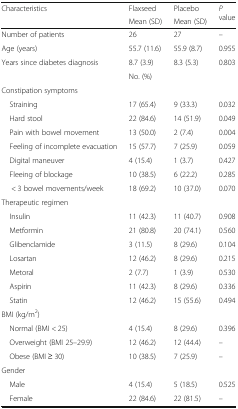
<table><thead><tr><td rowspan="2"><b>Characteristics</b></td><td><b>Flaxseed</b></td><td><b>Placebo</b></td><td rowspan="2"><b><i>P</i> value</b></td></tr><tr><td><b>Mean (SD)</b></td><td><b>Mean (SD)</b></td></tr></thead><tbody><tr><td>Number of patients</td><td>26</td><td>27</td><td>–</td></tr><tr><td>Age (years)</td><td>55.7 (11.6)</td><td>55.9 (8.7)</td><td>0.955</td></tr><tr><td>Years since diabetes diagnosis</td><td>8.7 (3.9)</td><td>8.3 (5.3)</td><td>0.803</td></tr><tr><td></td><td colspan="2">No. (%)</td><td></td></tr><tr><td colspan="4">Constipation symptoms</td></tr><tr><td> Straining</td><td>17 (65.4)</td><td>9 (33.3)</td><td>0.032</td></tr><tr><td> Hard stool</td><td>22 (84.6)</td><td>14 (51.9)</td><td>0.049</td></tr><tr><td> Pain with bowel movement</td><td>13 (50.0)</td><td>2 (7.4)</td><td>0.004</td></tr><tr><td> Feeling of incomplete evacuation</td><td>15 (57.7)</td><td>7 (25.9)</td><td>0.059</td></tr><tr><td> Digital maneuver</td><td>4 (15.4)</td><td>1 (3.7)</td><td>0.427</td></tr><tr><td> Fleeing of blockage</td><td>10 (38.5)</td><td>6 (22.2)</td><td>0.285</td></tr><tr><td>&lt; 3 bowel movements/week</td><td>18 (69.2)</td><td>10 (37.0)</td><td>0.070</td></tr><tr><td colspan="4">Therapeutic regimen</td></tr><tr><td> Insulin</td><td>11 (42.3)</td><td>11 (40.7)</td><td>0.908</td></tr><tr><td> Metformin</td><td>21 (80.8)</td><td>20 (74.1)</td><td>0.560</td></tr><tr><td> Glibenclamide</td><td>3 (11.5)</td><td>8 (29.6)</td><td>0.104</td></tr><tr><td> Losartan</td><td>12 (46.2)</td><td>8 (29.6)</td><td>0.215</td></tr><tr><td> Metoral</td><td>2 (7.7)</td><td>1 (3.9)</td><td>0.530</td></tr><tr><td> Aspirin</td><td>11 (42.3)</td><td>8 (29.6)</td><td>0.336</td></tr><tr><td> Statin</td><td>12 (46.2)</td><td>15 (55.6)</td><td>0.494</td></tr><tr><td colspan="4">BMI (kg/m<sup>2</sup>)</td></tr><tr><td> Normal (BMI &lt; 25)</td><td>4 (15.4)</td><td>8 (29.6)</td><td>0.396</td></tr><tr><td> Overweight (BMI 25–29.9)</td><td>12 (46.2)</td><td>12 (44.4)</td><td>–</td></tr><tr><td> Obese (BMI ≥ 30)</td><td>10 (38.5)</td><td>7 (25.9)</td><td>–</td></tr><tr><td colspan="4">Gender</td></tr><tr><td> Male</td><td>4 (15.4)</td><td>5 (18.5)</td><td>0.525</td></tr><tr><td> Female</td><td>22 (84.6)</td><td>22 (81.5)</td><td>–</td></tr></tbody></table>